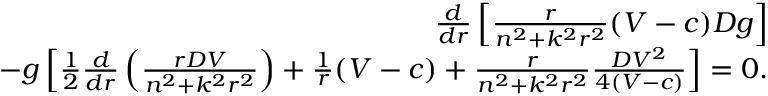
\begin{array} { r } { \frac { d } { d r } \left[ \frac { r } { n ^ { 2 } + k ^ { 2 } r ^ { 2 } } ( V - c ) D g \right] } \\ { - g \left[ \frac { 1 } { 2 } \frac { d } { d r } \left( \frac { r D V } { n ^ { 2 } + k ^ { 2 } r ^ { 2 } } \right) + \frac { 1 } { r } ( V - c ) + \frac { r } { n ^ { 2 } + k ^ { 2 } r ^ { 2 } } \frac { D V ^ { 2 } } { 4 ( V - c ) } \right] = 0 . } \end{array}